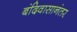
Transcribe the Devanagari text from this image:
बंदिवासानंतर